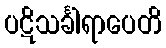
ပဋိသင်္ခါရာပေတိ